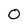
Character: 0